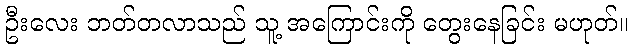
ဦးလေး ဘတ်တလာသည် သူ့ အကြောင်းကို တွေးနေခြင်း မဟုတ်။